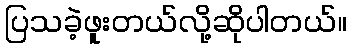
ပြသခဲ့ဖူးတယ်လို့ဆိုပါတယ်။